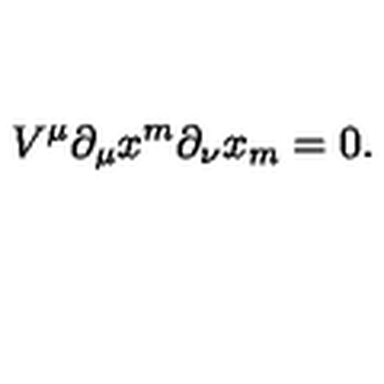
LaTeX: V ^ { \mu } \partial _ { \mu } x ^ { m } \partial _ { \nu } x _ { m } = 0 .